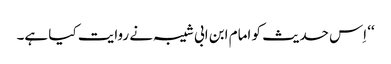
‘‘ اِس حدیث کو امام ابن ابی شیبہ نے روایت کیا ہے۔